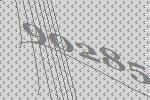
90285